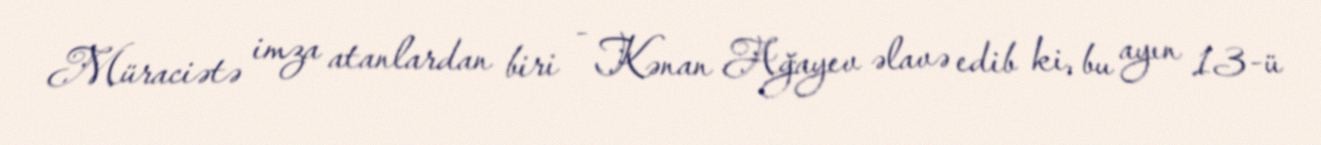
Müraciətə imza atanlardan biri - Kənan Ağayev əlavə edib ki, bu ayın 13-ü